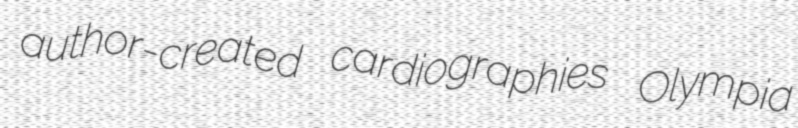
author-created cardiographies Olympia